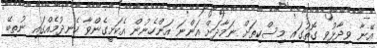
އޭނާ ވިދާޅުވި ގޮތުގައި މިސްކިތަށް ނަމާދަށް އަންނަ އަންހެނުން އެކަށީގެންވާ ހެނދުމެއްގައި ނުތިބޭ